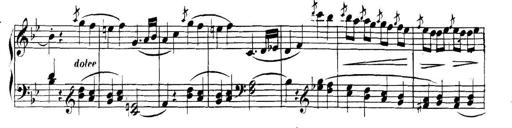
Title: Collected Piano Sonatas
Composer: Muzio Clementi